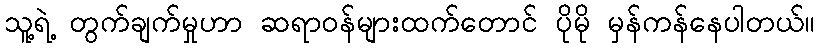
သူ့ရဲ့ တွက်ချက်မှုဟာ ဆရာဝန်များထက်တောင် ပိုမို မှန်ကန်နေပါတယ်။